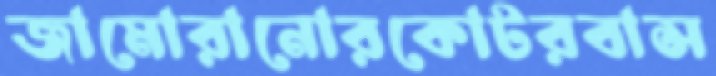
জামোরানোরকোটরবাস